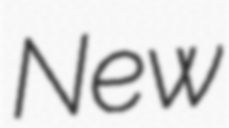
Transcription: New